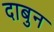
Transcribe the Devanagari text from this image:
दाबुन